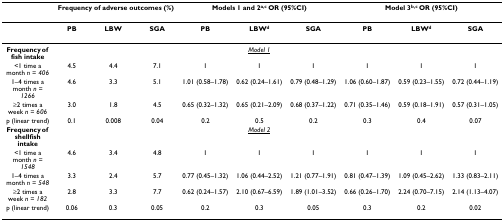
|  | <COLSPAN=3> Frequency of adverse outcomes (%) | <COLSPAN=3> Models 1 and 2a,c OR (95%CI) | <COLSPAN=3> Model 3b,c OR (95%CI) |
 | --- | --- | --- | --- | --- | --- | --- | --- | --- | --- |
 |  | PB | LBW | SGA | PB | LBWd | SGA | PB | LBWd | SGA |
 | Frequency of fish intake |  |  |  | <COLSPAN=3> <underline>Model 1</underline> |  |  |  |
 | <1 time a month n = 406 | 4.5 | 4.4 | 7.1 | 1 | 1 | 1 | 1 | 1 | 1 |
 | 1–4 times a month n = 1266 | 4.6 | 3.3 | 5.1 | 1.01 (0.58–1.78) | 0.62 (0.24–1.61) | 0.79 (0.48–1.29) | 1.06 (0.60–1.87) | 0.59 (0.23–1.55) | 0.72 (0.44–1.19) |
 | ≥2 times a week n = 606 | 3.0 | 1.8 | 4.5 | 0.65 (0.32–1.32) | 0.65 (0.21–2.09) | 0.68 (0.37–1.22) | 0.71 (0.35–1.46) | 0.59 (0.18–1.91) | 0.57 (0.31–1.05) |
 | p (linear trend) | 0.1 | 0.008 | 0.04 | 0.2 | 0.5 | 0.2 | 0.3 | 0.4 | 0.07 |
 | Frequency of shellfish intake |  |  |  | <COLSPAN=3> <underline>Model 2</underline> |  |  |  |
 | <1 time a month n = 1548 | 4.6 | 3.4 | 4.8 | 1 | 1 | 1 | 1 | 1 | 1 |
 | 1–4 times a month n = 548 | 3.3 | 2.4 | 5.7 | 0.77 (0.45–1.32) | 1.06 (0.44–2.52) | 1.21 (0.77–1.91) | 0.81 (0.47–1.39) | 1.09 (0.45–2.62) | 1.33 (0.83–2.11) |
 | ≥2 times a week n = 182 | 2.8 | 3.3 | 7.7 | 0.62 (0.24–1.57) | 2.10 (0.67–6.59) | 1.89 (1.01–3.52) | 0.66 (0.26–1.70) | 2.24 (0.70–7.15) | 2.14 (1.13–4.07) |
 | p (linear trend) | 0.06 | 0.3 | 0.05 | 0.2 | 0.3 | 0.05 | 0.3 | 0.2 | 0.02 |